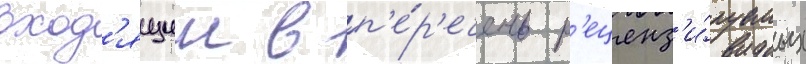
вход'ящии в п'е́р'ечень р'еценз'и́руемых